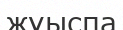
жуыспа